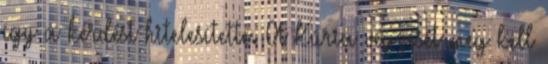
így a kérdést hitelesítette. A Kúria végzését meg kell